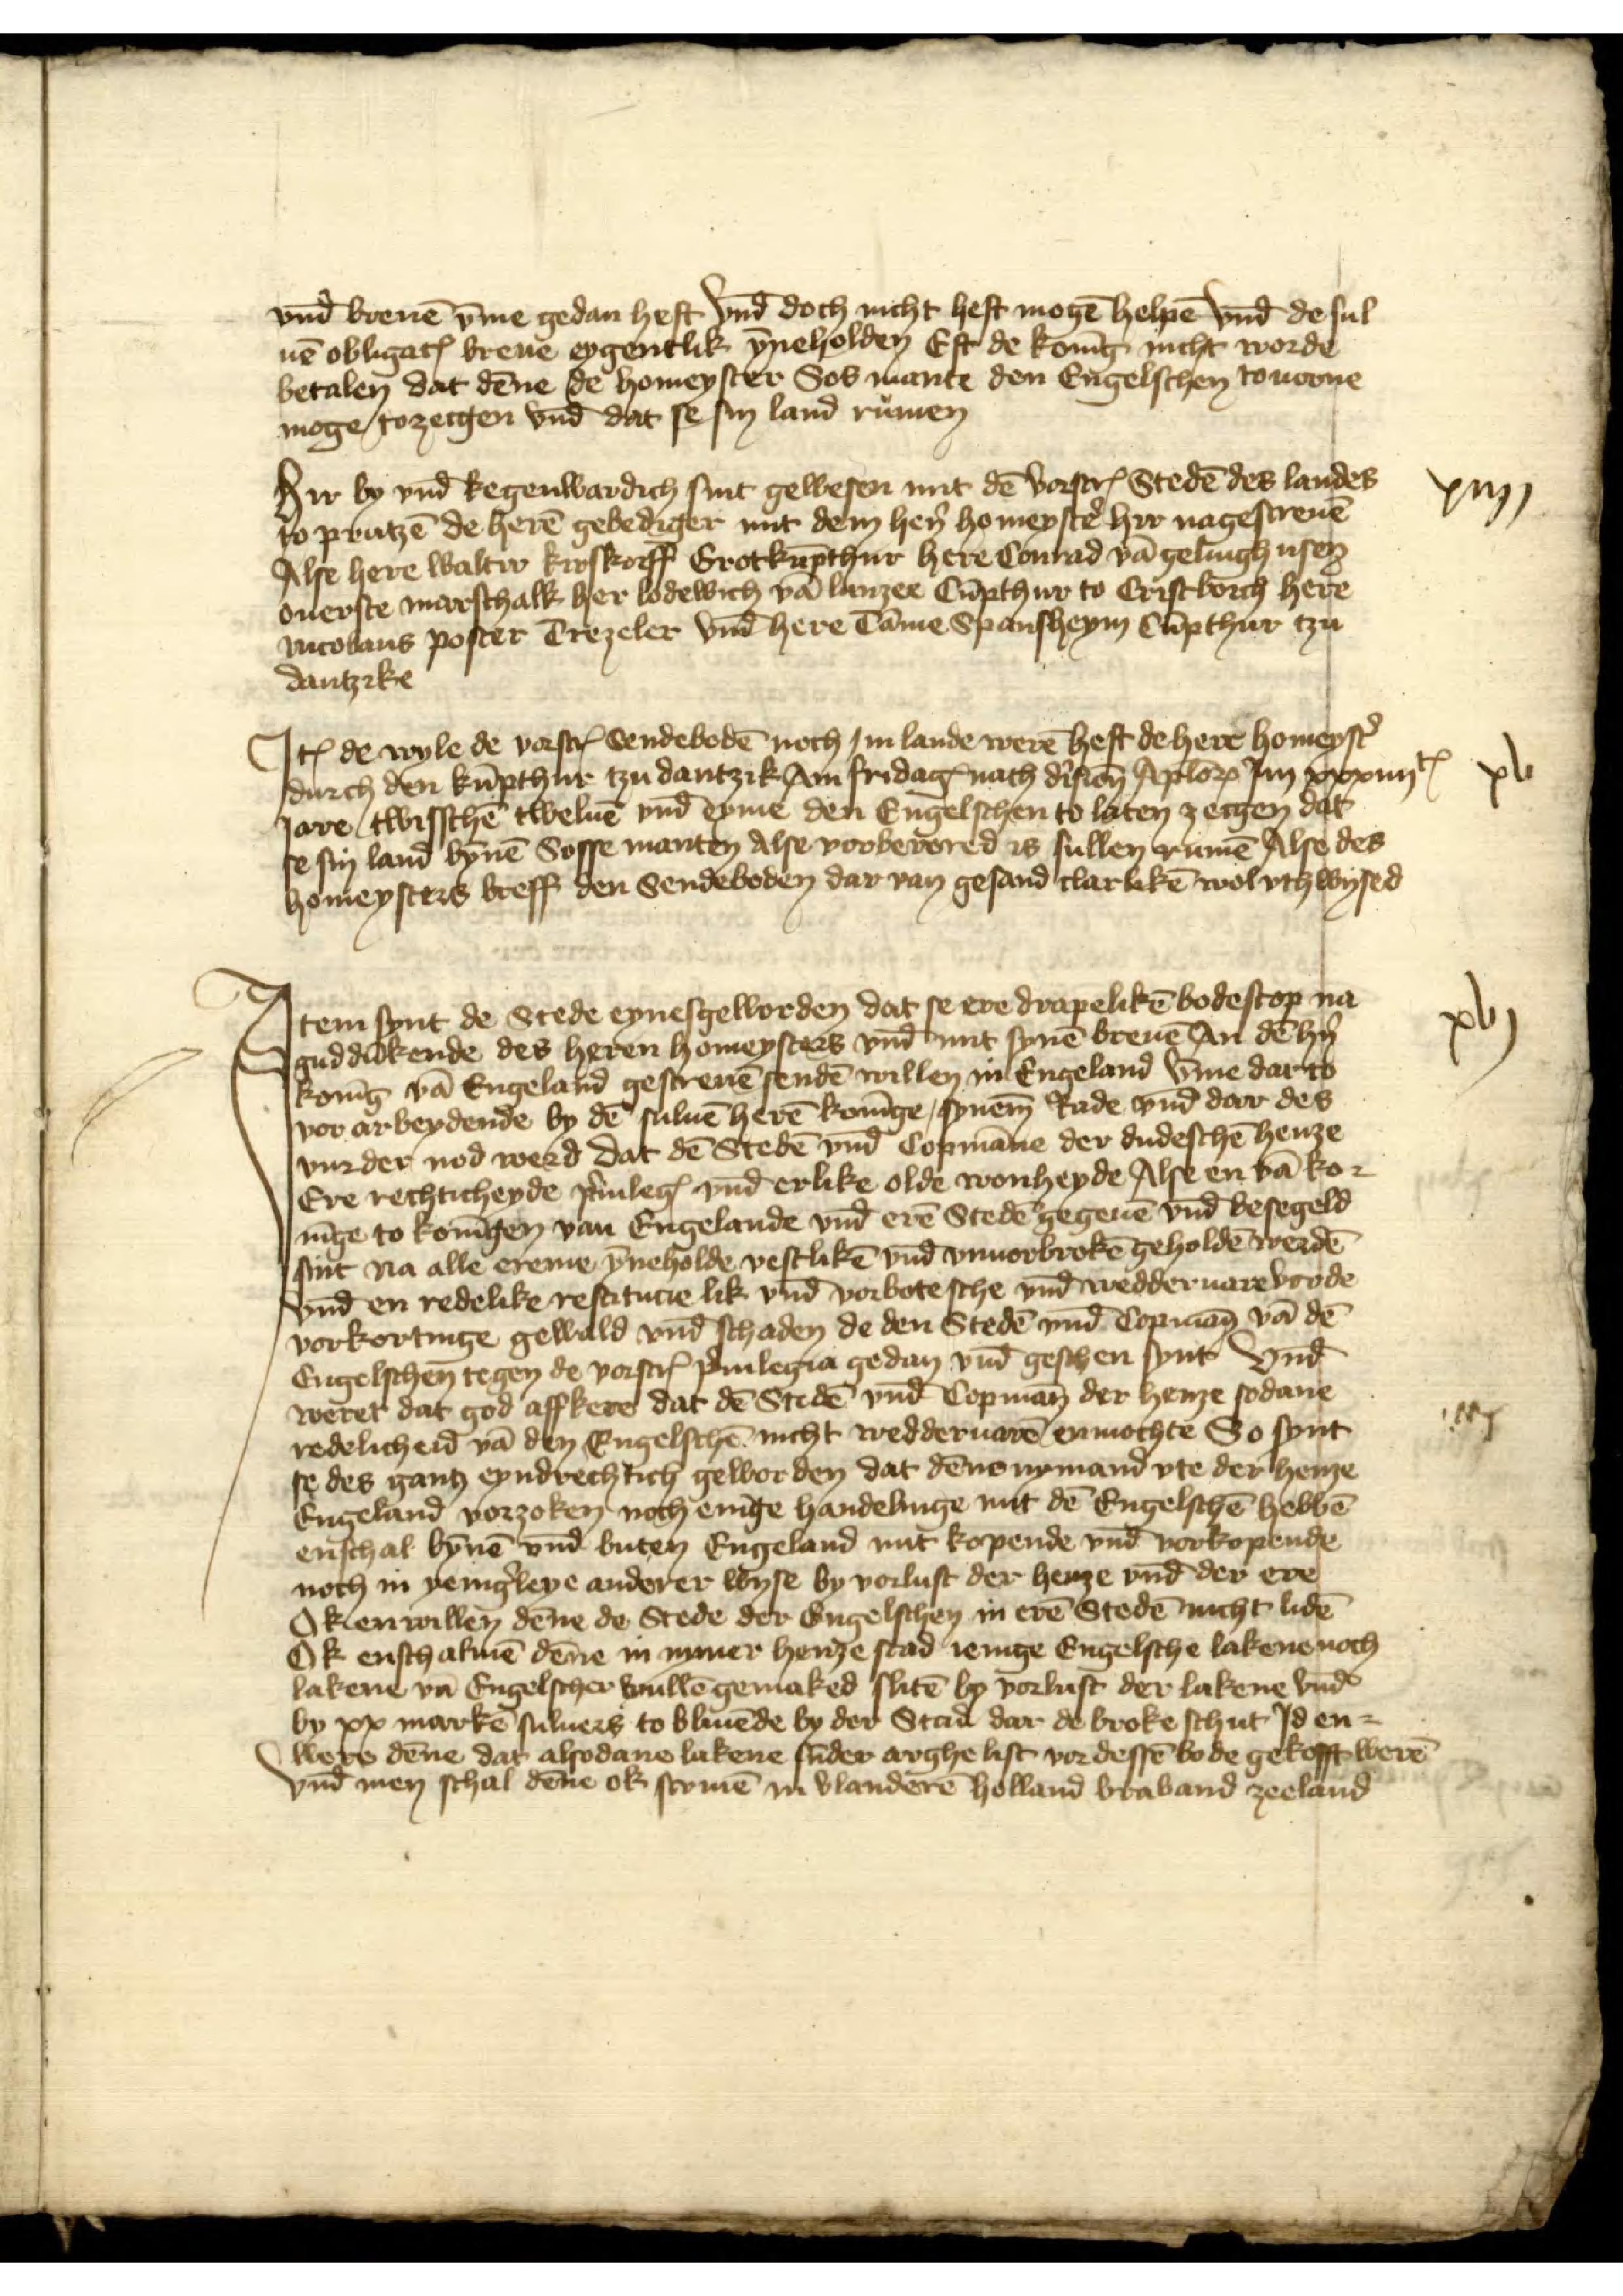
vnd̄ breuē v̄me gedan heft vnd doch nicht heft mogē helpē vnd̄ de sul¬
uē obligatꝬ breue eygentlik v̄meholden Eft de konīg nicht worde
betalen dat dēne de homeyster Sos mante den Engelschen touorne
moge tozecgen vnd dat se sin land rumen

Hir by vnd̄ kegenwardich sint gewesen mit dē vorscꝬ Stedē des landes
to Prutzē de herē gebediger mit dem hẻn homeystẻ hir nagescreuē
Alse here Waltir Kirskoff Grotkūpthur here Conrad vā Gelinghusen
ouerste marschalk her Lodewich vā Lanzee Cūpthur to Cristborch here
Nicolaus Poster Trezeler vnd̄ here Tāme Spanheyn Cūpthur tzu
Dantzike

xiijj

Jꝷ de wyle de vorscrꝬ Sendebodē noch im lande werē heft de heren homeyst̉
durch den kūpthur to Dantzik van FridagꝬ nach dision̄ Aploro̧ in xxxiiijtꝬ
Jare, twisschē tweluē vnd̄ eyme den Engelschen to laten zecgen dat
se sin land bȳnē Sosse manten Alse vorberored is sullen rumē Alse des
homeysters breff den Sendeboden dar van gesand clarlikē wol vthwesende

xvi

J

Jtem synt de Stede eynesgeworden dat se ere drapelikē bodescop na
guddūkende des heren homeysters vnd̄ mit synē breuē an dē hn̉
Konīg vā Engeland gescreuē sendē willen in Engeland v̄me dar to
vor arbeydende by dē suluē herē konīge, synem Rade vnd̄ dar des
vurder nod werd dat dē Stedē vnd̄ Copmāne der dudeschē henze
Ere rechticheyde p̉uilegꝬ vnd̄ erlike olde wonheyde Alse en vā ko¬
nīge to Konīgen van Engelande vnd̄ erē Stedē gegeuē vnd̄ besegeld
sint na alle ereme ȳneholde vestlikē vnd vnvorbrokē geholdē werdē
vnd̄ en redelike restitucie lik vnd̄ vorbotsche vnd̄ wedderuare borde
vorkortinge gewald vnd̄ schaden de den Stedē vnd̄ Copmā vā dē
Engelschen tegen de vorscrꝬ p̉uilegia gedan vnd̄ geschen synt vnd̄
weret dat god affkere dat dē Stedē vnd̄ Copman̄ der henze sodane
redelicheid vā den Engelschē nicht wedderuarē en mochte So synt
se des gantz eyndrechtich geworden dat dēne nymand vte der henze
Engeland vorzoken noch enīge handelinge mit dē Engelschē hebbē
enschal bȳnē vnd̄ buten Engeland mit kopende vnd̄ vorkopende
noch in yenig̉leye anderer wyse by vorlust der henze vnd̄ der ere
Ok enwillen dēne de Stede der Engelschen in erē Stedē nicht lidē
Ok enschalmē dēne in nyner henze stad ienige Engelsche lakene noch
lakene vā Engelscher wullē gemaked slitē by vorlust der lakene vnde
by xx marke suluers to bliuēde by der Stad dar de broke schut Jd en¬
were dēne dat alsodane lakene sūder aghelist vordessē bode gekofft werē
vnd̄ men schal dēne ok scriuē in Vlanderē Holland Braband Zeeland

xvj